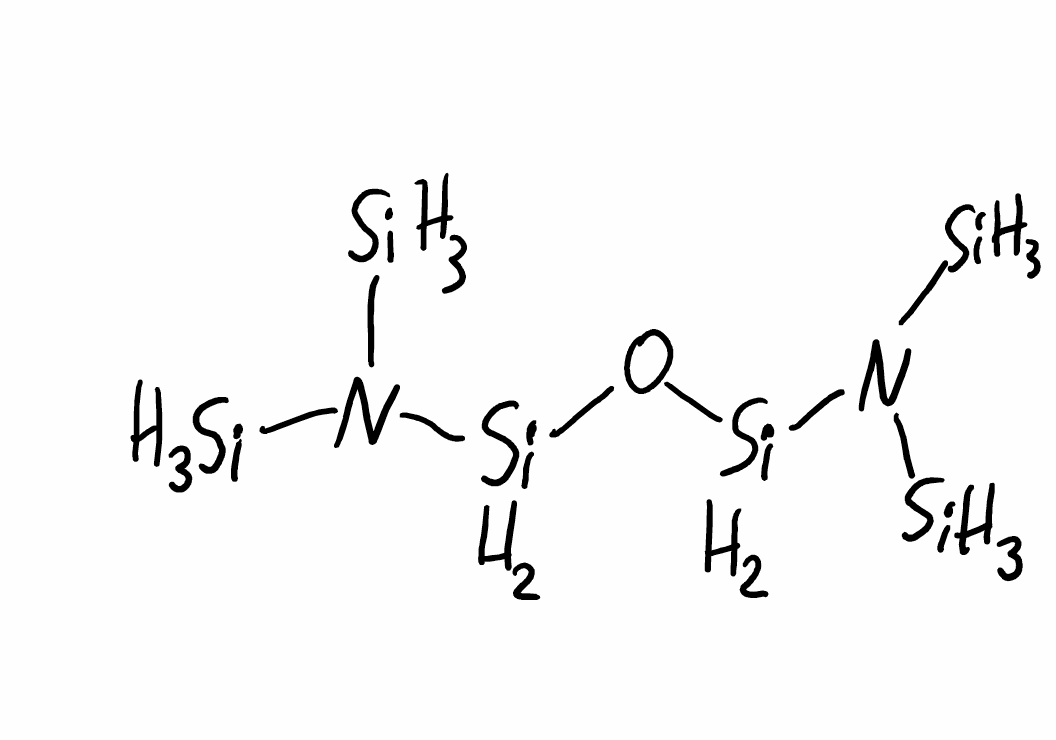
Simplified molecular-input line-entry system (SMILES) notation of the given molecule:
N([SiH3])([SiH3])[SiH2]O[SiH2]N([SiH3])[SiH3]